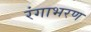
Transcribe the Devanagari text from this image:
रंगाभरण